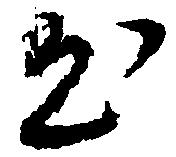
出